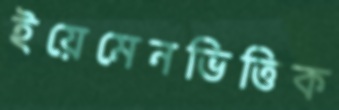
ইয়েমেনভিত্তিক